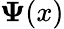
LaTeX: \mathbf{\Psi}(x)